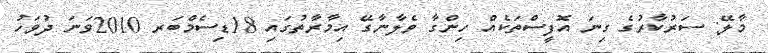
މާލޭ: ސަރުކާރުގެ ގިނަ އޮފީސްތަކެއް ހިންގާ ވެލާނާގޭ އިމާރާތުގައި 18ޑިސެމްބަރ 2010ވަނަ ދުވަހު